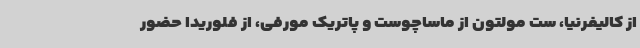
از کالیفرنیا، ست مولتون از ماساچوست و پاتریک مورفی، از فلوریدا حضور